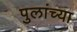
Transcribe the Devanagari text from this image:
पुलांच्या